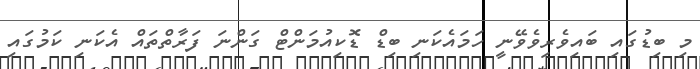
މި ބިޑުގައި ބައިވެރިވެވޭނީ ހަމައެކަނި ބިޑް ޑޮކިއުމަންޓް ގަންނަ ފަރާތްތައް އެކަނި ކަމުގައި